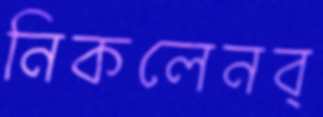
নিকলেনব্